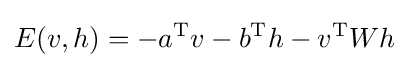
E(v,h)=-a^{\mathrm {T} }v-b^{\mathrm {T} }h-v^{\mathrm {T} }Wh